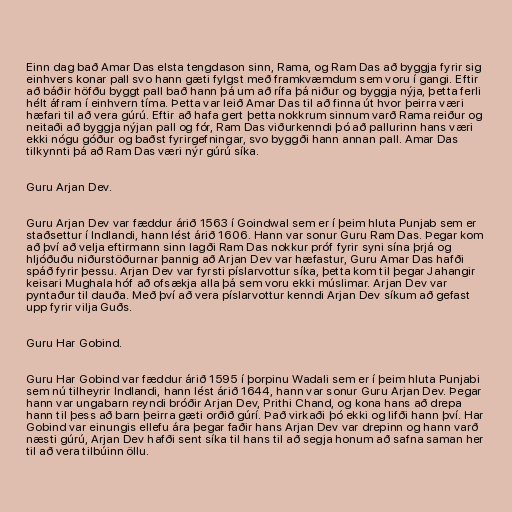
Einn dag bað Amar Das elsta tengdason sinn, Rama, og Ram Das að byggja fyrir sig
einhvers konar pall svo hann gæti fylgst með framkvæmdum sem voru í gangi. Eftir
að báðir höfðu byggt pall bað hann þá um að rífa þá niður og byggja nýja, þetta ferli
hélt áfram í einhvern tíma. Þetta var leið Amar Das til að finna út hvor þeirra væri
hæfari til að vera gúrú. Eftir að hafa gert þetta nokkrum sinnum varð Rama reiður og
neitaði að byggja nýjan pall og fór, Ram Das viðurkenndi þó að pallurinn hans væri
ekki nógu góður og baðst fyrirgefningar, svo byggði hann annan pall. Amar Das
tilkynnti þá að Ram Das væri nýr gúrú síka.

Guru Arjan Dev.

Guru Arjan Dev var fæddur árið 1563 í Goindwal sem er í þeim hluta Punjab sem er
staðsettur í Indlandi, hann lést árið 1606. Hann var sonur Guru Ram Das. Þegar kom
að því að velja eftirmann sinn lagði Ram Das nokkur próf fyrir syni sína þrjá og
hljóðuðu niðurstöðurnar þannig að Arjan Dev var hæfastur, Guru Amar Das hafði
spáð fyrir þessu. Arjan Dev var fyrsti píslarvottur síka, þetta kom til þegar Jahangir
keisari Mughala hóf að ofsækja alla þá sem voru ekki múslimar. Arjan Dev var
pyntaður til dauða. Með því að vera píslarvottur kenndi Arjan Dev síkum að gefast
upp fyrir vilja Guðs.

Guru Har Gobind.

Guru Har Gobind var fæddur árið 1595 í þorpinu Wadali sem er í þeim hluta Punjabi
sem nú tilheyrir Indlandi, hann lést árið 1644, hann var sonur Guru Arjan Dev. Þegar
hann var ungabarn reyndi bróðir Arjan Dev, Prithi Chand, og kona hans að drepa
hann til þess að barn þeirra gæti orðið gúrí. Það virkaði þó ekki og lifði hann því. Har
Gobind var einungis ellefu ára þegar faðir hans Arjan Dev var drepinn og hann varð
næsti gúrú, Arjan Dev hafði sent síka til hans til að segja honum að safna saman her
til að vera tilbúinn öllu.